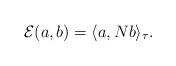
LaTeX: \begin{gather*}{\mathcal E}(a,b)=\langle a, Nb\rangle_\tau.\end{gather*}